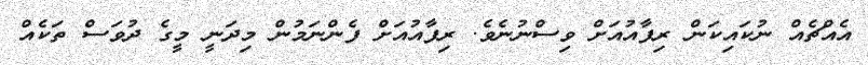
އެއްޗެއް ނުކައިކަން ރިފާއުއަށް ވިސްނުނެވެ. ރިފާއުއަށް ފެންނަމުން މިދަނީ މީގެ ދުވަސް ތަކެއް